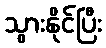
သွားနိုင်ပြီး